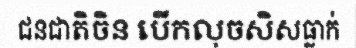
ជនជាតិចិន បើកលុចសិសធ្លាក់